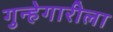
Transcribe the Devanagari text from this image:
गुन्हेगारीला